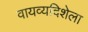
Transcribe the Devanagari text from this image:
वायव्यदिशेला